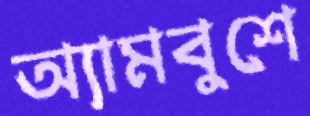
অ্যামবুশে